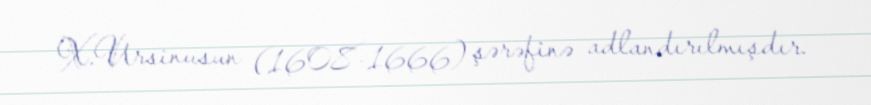
X.Ursinusun (1608-1666) şərəfinə adlandırılmışdır.